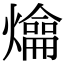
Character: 𤐯